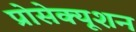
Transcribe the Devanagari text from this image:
प्रोसेक्यूशन